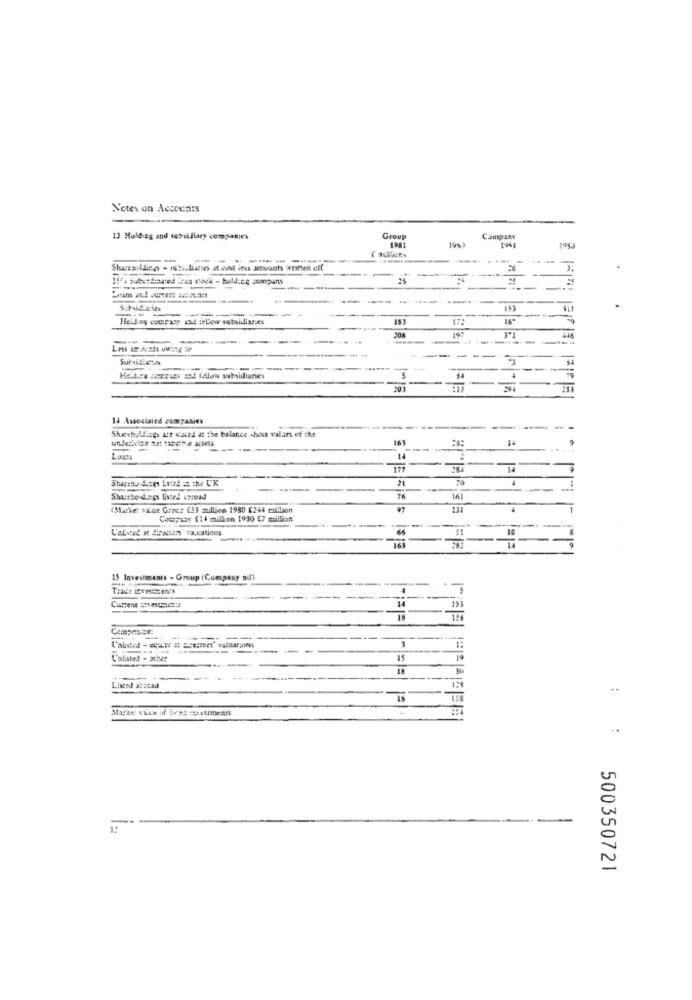
Notes on Acccents
13 Holdag and subsidiary companies
Group
Campany
---
--------
11, subordinated :can nock - holding company
25
-
-
-
Heiday company and fellow subsidiaries
183
------
--
Held ze Menzies zad fellow subsidiaries
201
TE
14 Associated companies
Shatshillings are cased at the balance shoc valses of the
underivien nat tische actes
16
Loms
14
177
21
-
--
76
161
(Macke: valse Grace [!] mullien 1980 8244 callion
231
-
Compaor f14 million 1930 E7 million
-
L'eEsteé at direttan" vacations
10
165
15 Investments - Group (Company au)
----
Trade termssizen'a
14
153
Compra-se.
1:
L'alisted - ather
15
19
Listed abacad
Magze vice af ved =Acsiments
..
500350721